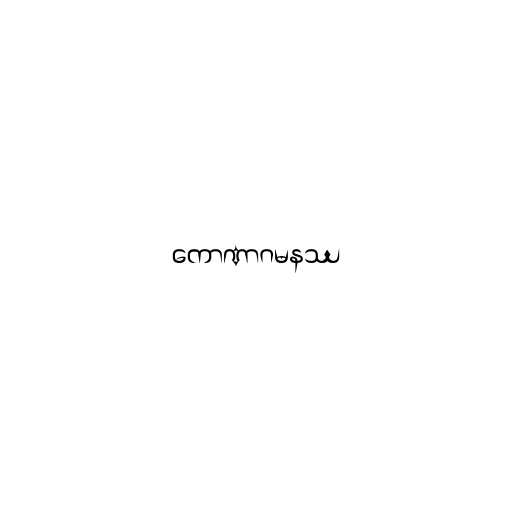
ကောဏာဂမနဿ